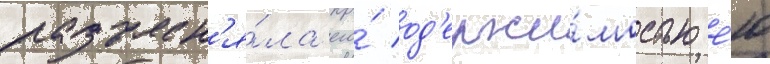
разъясн'я́ла его́ од'ержи́мостью е́ю